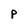
Character: P